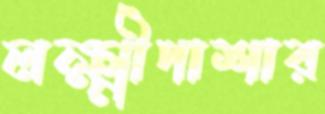
লক্ষ্মীপাশার